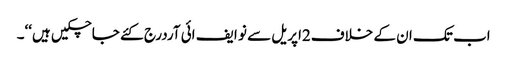
اب تک ان کے خلاف2اپریل سے نو ایف ائی آردرج کئے جاچکیں ہیں‘‘۔